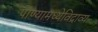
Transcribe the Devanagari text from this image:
पाण्यामध्येविद्राव्य